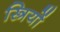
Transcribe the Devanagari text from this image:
स्त्रियों